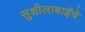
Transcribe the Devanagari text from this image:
सुशीलाबाईंचे